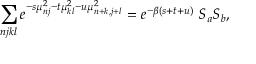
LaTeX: \sum _ { n j k l } e ^ { - s \mu _ { n j } ^ { 2 } - t \mu _ { k l } ^ { 2 } - u \mu _ { n + k , j + l } ^ { 2 } } = e ^ { - \beta ( s + t + u ) } \; S _ { a } S _ { b } ,